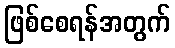
ဖြစ်စေရန်အတွက်